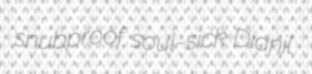
snubproof soul-sick Dianil